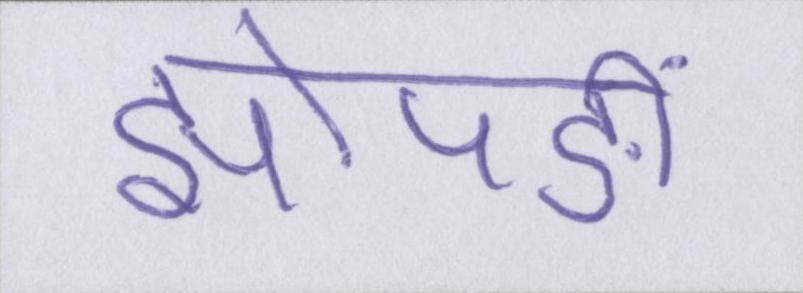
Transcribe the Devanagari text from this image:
झोपङीं